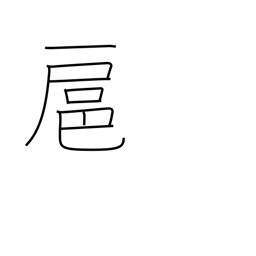
Meaning: follow